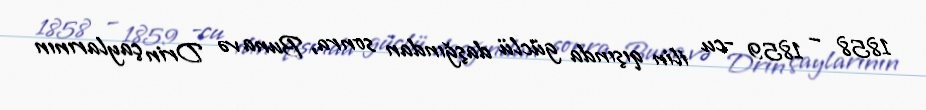
1858 – 1859 -cu ilin qışında güclü daşğından sonra, Buna və Drin çaylarının